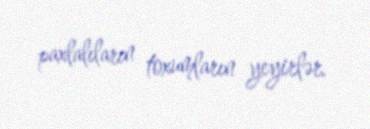
paxlalıların toxumların yeyirlər.